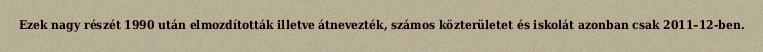
Ezek nagy részét 1990 után elmozdították illetve átnevezték, számos közterületet és iskolát azonban csak 2011–12-ben.